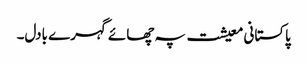
پاکستانی معیشت پہ چھائے گہرے بادل۔